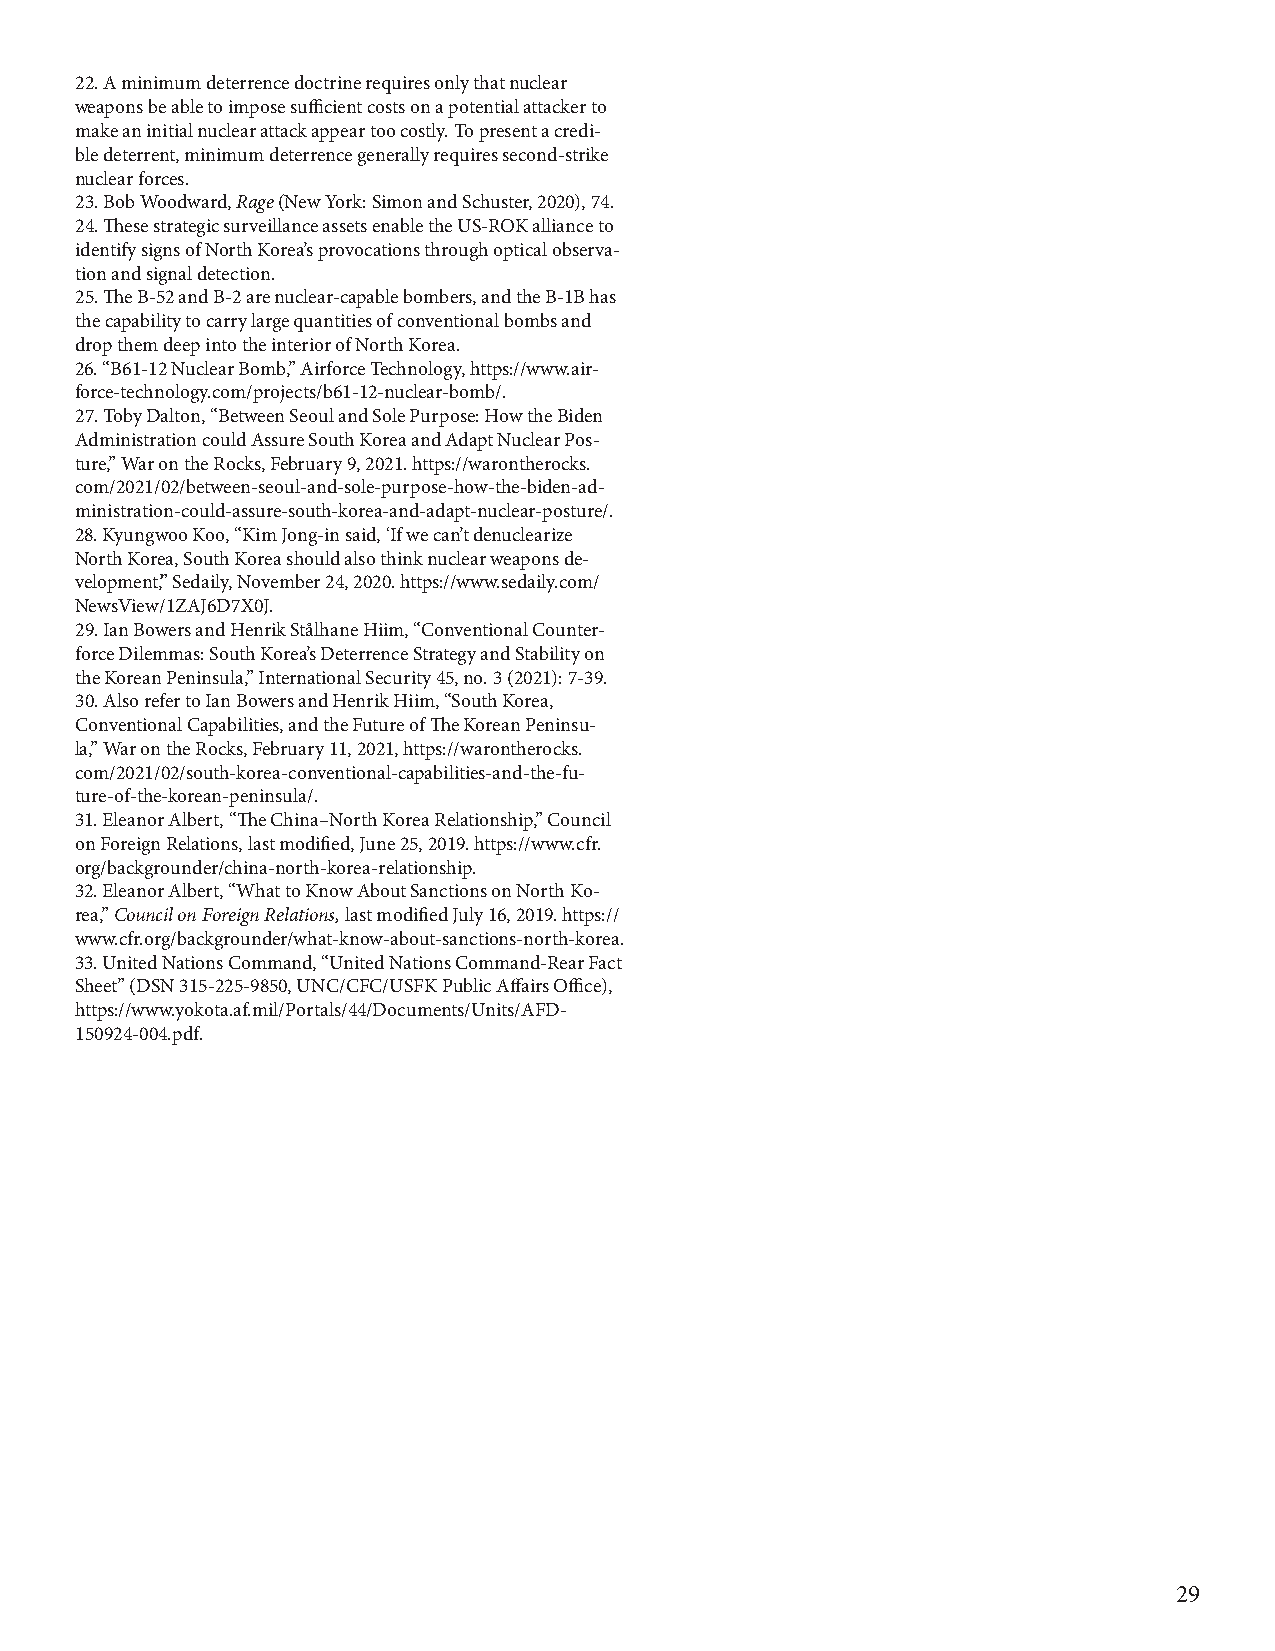
22. A minimum deterrence doctrine requires only that nuclear
 weapons be able to impose sufficient costs on a potential attacker to
 make an initial nuclear attack appear too costly. To present a credi-
 ble deterrent, minimum deterrence generally requires second-strike
 nuclear forces.
 23. Bob Woodward, Rage (New York: Simon and Schuster, 2020), 74.
 24. These strategic surveillance assets enable the US-ROK alliance to
 identify signs of North Korea’s provocations through optical observa-
 tion and signal detection.
 25. The B-52 and B-2 are nuclear-capable bombers, and the B-1B has
 the capability to carry large quantities of conventional bombs and
 drop them deep into the interior of North Korea.
 26. “B61-12 Nuclear Bomb,” Airforce Technology, https://www.air-
 force-technology.com/projects/b61-12-nuclear-bomb/.
 27. Toby Dalton, “Between Seoul and Sole Purpose: How the Biden
 Administration could Assure South Korea and Adapt Nuclear Pos-
 ture,” War on the Rocks, February 9, 2021. https://warontherocks.
 com/2021/02/between-seoul-and-sole-purpose-how-the-biden-ad-
 ministration-could-assure-south-korea-and-adapt-nuclear-posture/.
 28. Kyungwoo Koo, “Kim Jong-in said, ‘If we can’t denuclearize
 North Korea, South Korea should also think nuclear weapons de-
 velopment’,” Sedaily, November 24, 2020. https://www.sedaily.com/
 NewsView/1ZAJ6D7X0J.
 29. Ian Bowers and Henrik Stålhane Hiim, “Conventional Counter-
 force Dilemmas: South Korea’s Deterrence Strategy and Stability on
 the Korean Peninsula,” International Security 45, no. 3 (2021): 7-39.
 30. Also refer to Ian Bowers and Henrik Hiim, “South Korea,
 Conventional Capabilities, and the Future of The Korean Peninsu-
 la,” War on the Rocks, February 11, 2021, https://warontherocks.
 com/2021/02/south-korea-conventional-capabilities-and-the-fu-
 ture-of-the-korean-peninsula/.
 31. Eleanor Albert, “The China–North Korea Relationship,” Council
 on Foreign Relations, last modified, June 25, 2019. https://www.cfr.
 org/backgrounder/china-north-korea-relationship.
 32. Eleanor Albert, “What to Know About Sanctions on North Ko-
 rea,” Council on Foreign Relations, last modified July 16, 2019. https://
 www.cfr.org/backgrounder/what-know-about-sanctions-north-korea.
 33. United Nations Command, “United Nations Command‐Rear Fact
 Sheet” (DSN 315‐225‐9850, UNC/CFC/USFK Public Affairs Office),
 https://www.yokota.af.mil/Portals/44/Documents/Units/AFD-
 150924-004.pdf.
 29